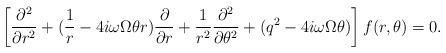
LaTeX: \begin{align*}\left[\frac{\partial^{2}}{\partial r^{2}}+(\frac{1}{r}-4i\omega\Omega\theta r)\frac{\partial}{\partial r}+\frac{1}{r^{2}}\frac{\partial^{2}}{\partial\theta^{2}}+(q^{2}-4i\omega\Omega\theta)\right]f(r,\theta)=0. \end{align*}